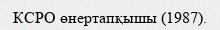
КСРО өнертапқышы (1987).